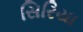
સિરિયા